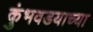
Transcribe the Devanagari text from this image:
कुंभवडयाच्या